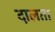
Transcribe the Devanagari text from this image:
दालता